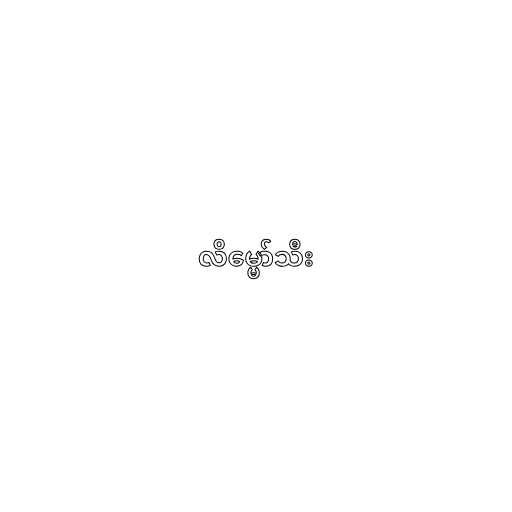
လိမ္မော်သီး